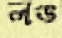
লঙ